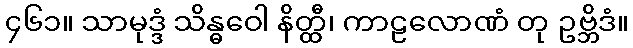
၄၆၁။ သာမုဒ္ဒံ သိန္ဓဝေါ နိတ္ထီ၊ ကာဠလောဏံ တု ဥဗ္ဘိဒံ။